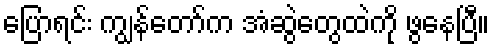
ပြောရင်း ကျွန်တော်က အံဆွဲတွေထဲကို ဖွနေပြီ။